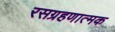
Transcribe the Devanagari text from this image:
रसग्रहणात्मक